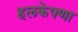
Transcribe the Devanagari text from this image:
हलकेपणा